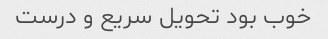
خوب بود تحویل سریع و درست